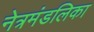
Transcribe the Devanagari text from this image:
नेत्रमंडलिका